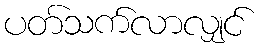
ပတ်သက်လာလျှင်